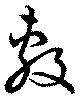
敷